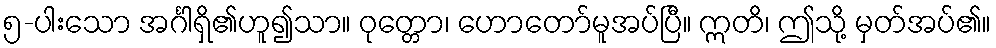
၅-ပါးသော အင်္ဂါရှိ၏ဟူ၍သာ။ ဝုတ္တော၊ ဟောတော်မူအပ်ပြီ။ ဣတိ၊ ဤသို့ မှတ်အပ်၏။